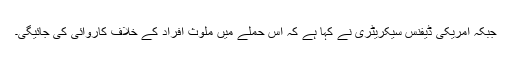
جبکہ امریکی ڈیفنس سیکریٹری نے کہا ہے کہ اس حملے میں ملوث افراد کے خلاف کاروائی کی جائیگی۔